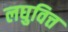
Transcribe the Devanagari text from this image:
लघुवित्त